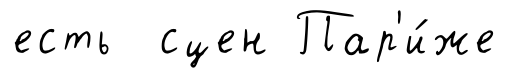
есть сцен Пар'и́же